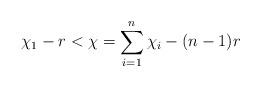
LaTeX: \begin{align*} \chi_1 - r < \chi = \sum\limits_{i=1}^n \chi_i - (n-1)r \end{align*}